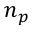
n _ { p }